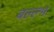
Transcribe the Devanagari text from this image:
बल्ल्भ